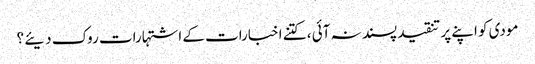
مودی کو اپنے پر تنقید پسند نہ آئی ، کتنے اخبارات کے اشتہارات روک دیئے ؟